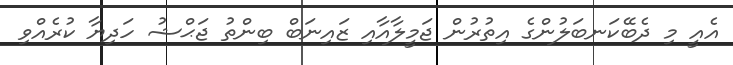
އެއީ މި ދެބޭކަނބަލުންގެ އިތުރުން ޖަމީލާއާއި ޒައިނަބް ބިންތު ޖަޙްޝު ހަދިޔާ ކުރެއްވި